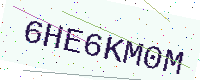
Text: 6HE6KM0M